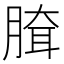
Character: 䐛